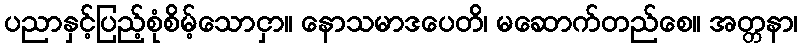
ပညာနှင့်ပြည့်စုံစိမ့်သောငှာ။ နောသမာဒပေတိ၊ မဆောက်တည်စေ။ အတ္တနာ၊